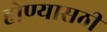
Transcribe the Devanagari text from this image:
होण्यासठी